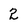
Character: 2